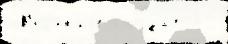
 В'ел'и́к'иjе Солда́т 55